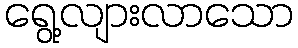
ရွေ့လျားလာသော